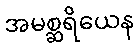
အမစ္ဆရိယေန